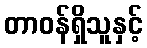
တာဝန်ရှိသူနှင့်